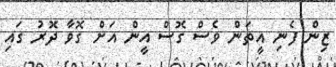
ޒިން ފެނި އީތަން ވެސް ގޮސް އީން އަށް ގޮވާ ދޮރު ގައި